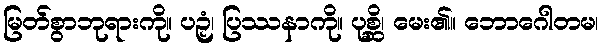
မြတ်စွာဘုရားကို။ ပဉှံ၊ ပြဿနာကို။ ပုစ္ဆိ၊ မေး၏။ ဘောဂေါတမ၊